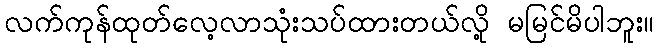
လက်ကုန်ထုတ်လေ့လာသုံးသပ်ထားတယ်လို့ မမြင်မိပါဘူး။